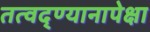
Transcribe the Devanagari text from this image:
तत्वद्ण्यानापेक्षा